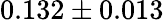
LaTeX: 0.132\pm 0.013